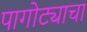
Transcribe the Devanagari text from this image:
पागोट्याचा